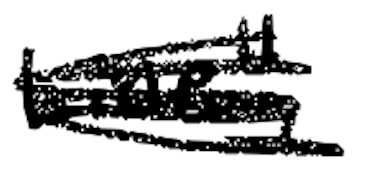
Text: Line,"
Cross-out: mix
Writing tool: digital_black